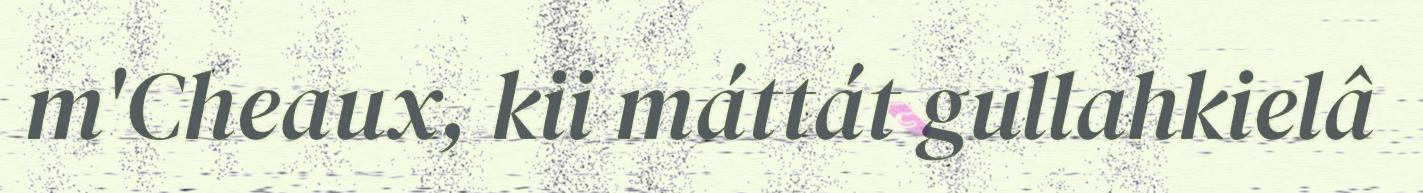
m'Cheaux, kii máttát gullahkielâ